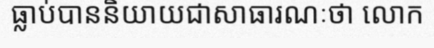
ធ្លាប់បាននិយាយជាសាធារណៈថា លោក